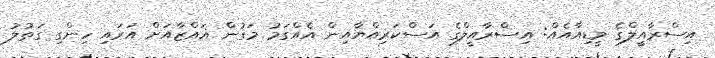
އިސްރާއީލްގެ މީޑިއާއެއް: އިސްރާއީލްގެ އަސްކަރިއްޔާއިން އެއްގަމު މަގުން ޣައްޒާއަށް އަރައި ހިންގި ގަތުލު